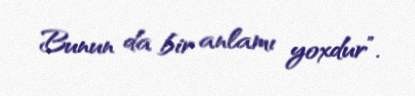
Bunun da bir anlamı yoxdur”.